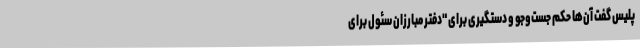
پلیس گفت آن‌ها حکم جست‌وجو و دستگیری برای "دفتر مبارزان سئول برای